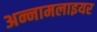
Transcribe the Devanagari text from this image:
अन्नामलाइयर